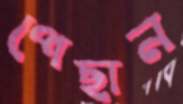
পেছান